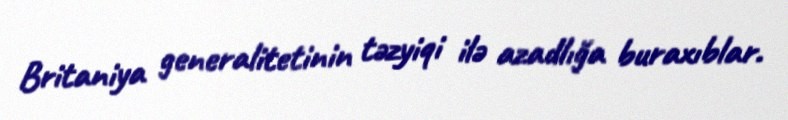
Britaniya generalitetinin təzyiqi ilə azadlığa buraxıblar.